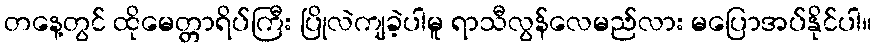
တနေ့တွင် ထိုမေတ္တာရိပ်ကြီး ပြိုလဲကျခဲ့ပါမူ ရာသီလွန်လေမည်လား မပြောအပ်နိုင်ပါ။